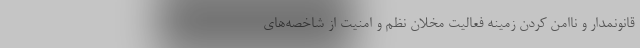
قانونمدار و ناامن کردن زمینه فعالیت مخلان نظم و امنیت از شاخصه‌های